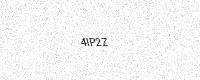
Text: 4IP2Z